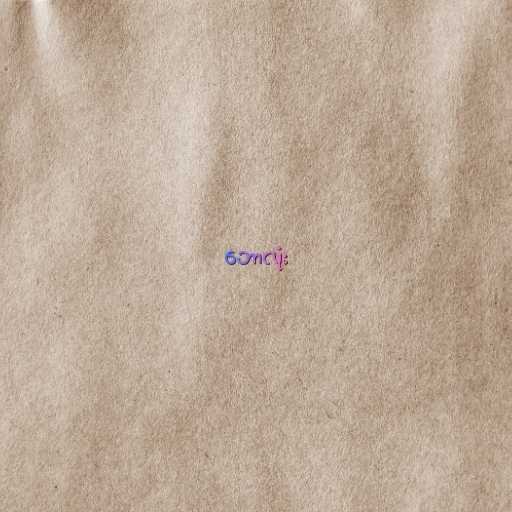
ဘောလုံး